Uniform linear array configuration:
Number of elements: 48
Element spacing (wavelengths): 0.25
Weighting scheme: kaiser
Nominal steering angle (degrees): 60
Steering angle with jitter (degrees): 60.749
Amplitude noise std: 0.05
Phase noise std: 0.05

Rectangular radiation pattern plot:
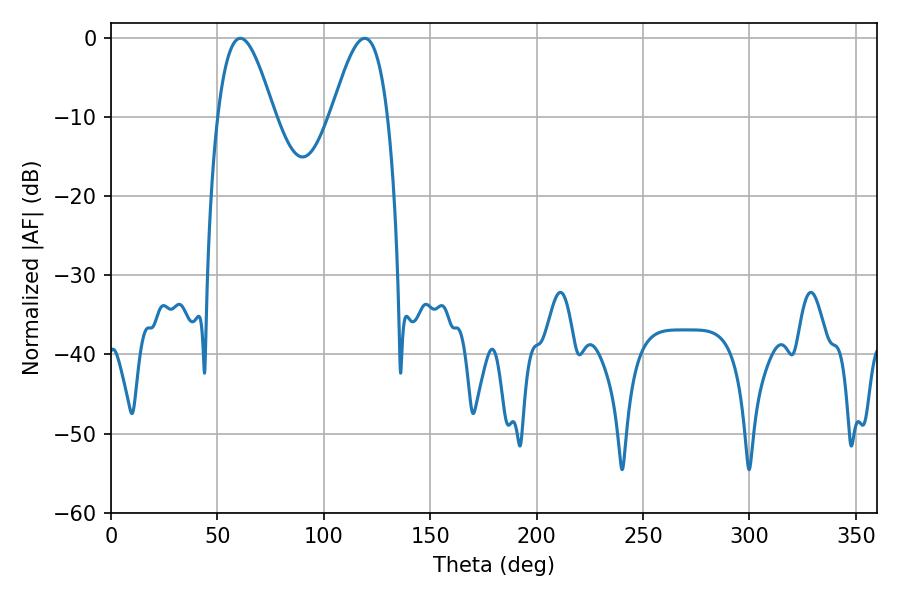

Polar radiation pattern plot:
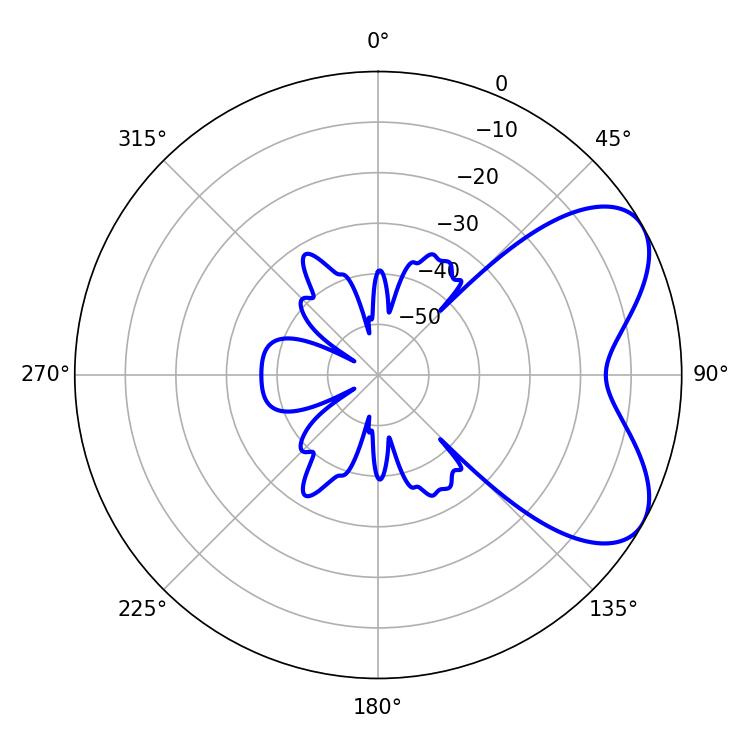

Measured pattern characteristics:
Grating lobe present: FALSE
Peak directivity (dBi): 6.075
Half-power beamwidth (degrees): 14.22
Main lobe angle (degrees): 60.84